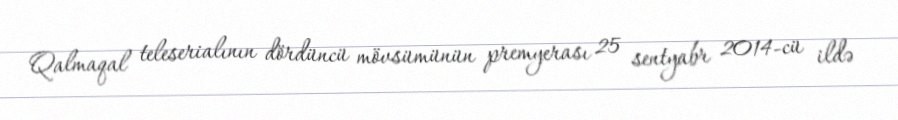
Qalmaqal teleserialının dördüncü mövsümünün premyerası 25 sentyabr 2014-cü ildə